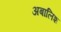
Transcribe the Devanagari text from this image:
अबालिश